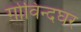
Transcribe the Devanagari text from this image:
गोविन्दघर